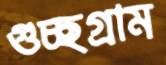
গুচ্ছগ্রাম